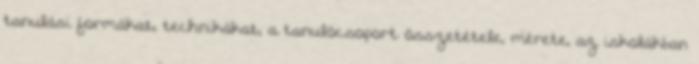
tanulási formákat, technikákat, a tanulócsoport összetétele, mérete, az iskolákban